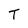
Character: T